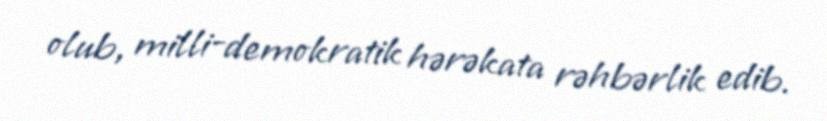
olub, milli-demokratik hərəkata rəhbərlik edib.